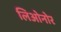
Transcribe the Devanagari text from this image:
लिओनोर